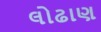
લોઢાણ